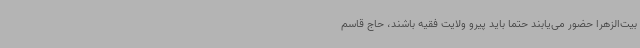
بیت‌الزهرا حضور می‌یابند حتما باید پیرو ولایت فقیه باشند، حاج قاسم